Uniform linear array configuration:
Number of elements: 16
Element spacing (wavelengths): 0.75
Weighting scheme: blackman
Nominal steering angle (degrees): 60
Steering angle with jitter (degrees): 58.38
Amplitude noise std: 0.05
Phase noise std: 0.05

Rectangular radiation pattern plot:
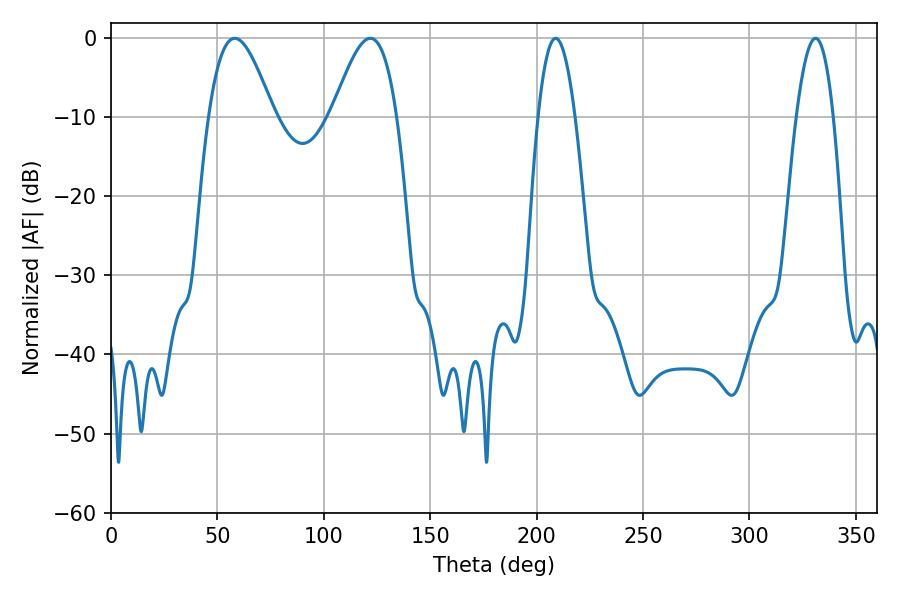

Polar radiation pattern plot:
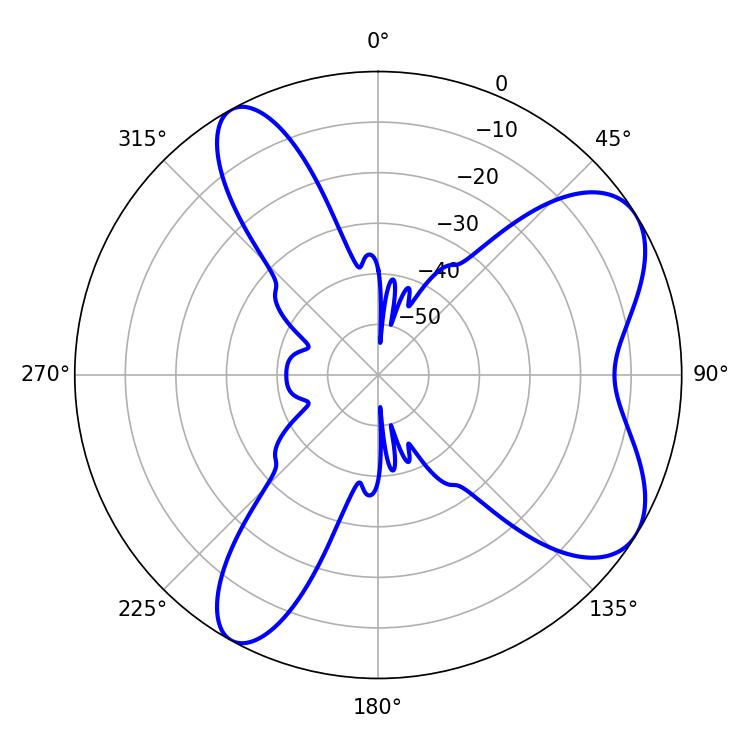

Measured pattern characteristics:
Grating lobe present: TRUE
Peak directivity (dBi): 7.177
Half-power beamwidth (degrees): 16.38
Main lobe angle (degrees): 58.14